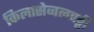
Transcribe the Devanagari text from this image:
किलासेव्वलपट्टी